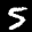
Label: 5